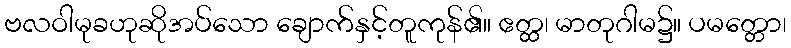
ဗလဝါမုခဟုဆိုအပ်သော ချောက်နှင့်တူကုန်၏။ ဧတ္ထ၊ မာတုဂါမ၌။ ပမတ္တော၊